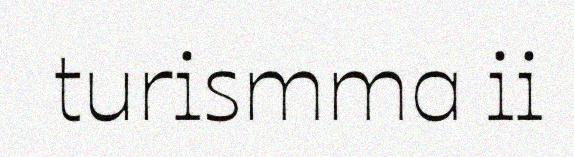
turismma ii